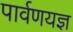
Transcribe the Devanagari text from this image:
पार्वणयज्ञ